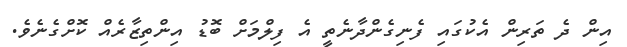
އިން ދެ ތަރިން އެކުގައި ފެނިގެންދާނެތީ އެ ފިލްމަށް ބޮޑު އިންތިޒާރެއް ކޮށްގެނެވެ.